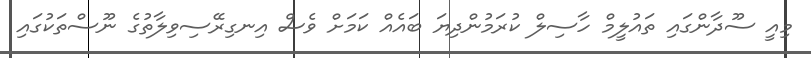
މިއީ ސޫދާންގައި ތައުލީމް ހާސިލް ކުރަމުންދިޔަ ބައެއް ކަމަށް ވެސް އިނގިރޭސިވިލާތުގެ ނޫސްތަކުގައި